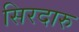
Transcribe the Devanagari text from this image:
सिरदारु